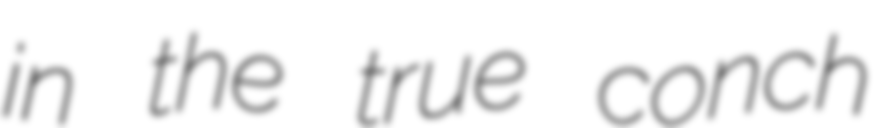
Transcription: in the true conch